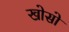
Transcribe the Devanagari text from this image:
खोसो